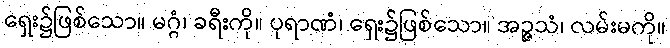
ရှေး၌ဖြစ်သော။ မဂ္ဂံ၊ ခရီးကို။ ပုရာဏံ၊ ရှေး၌ဖြစ်သော။ အဉ္ဇသံ၊ လမ်းမကို။